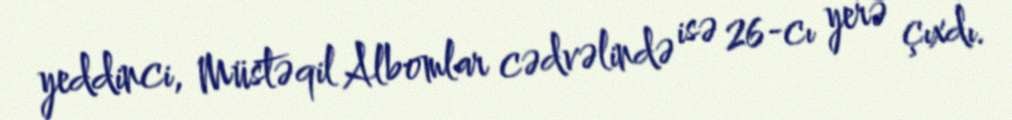
yeddinci, Müstəqil Albomlar cədvəlində isə 26-cı yerə çıxdı.